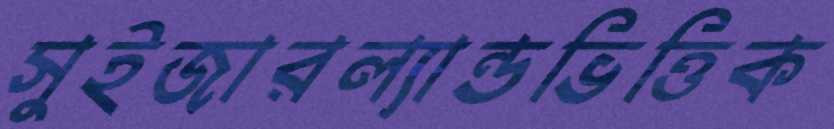
সুইজারল্যান্ডভিত্তিক